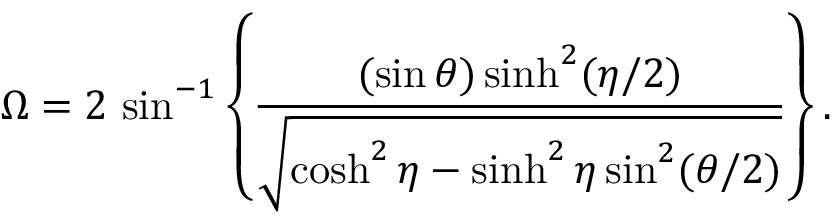
\Omega = 2 \, \sin ^ { - 1 } \left\{ { \frac { ( \sin \theta ) \sinh ^ { 2 } ( \eta / 2 ) } { \sqrt { \cosh ^ { 2 } \eta - \sinh ^ { 2 } \eta \sin ^ { 2 } ( \theta / 2 ) } } } \right\} .